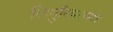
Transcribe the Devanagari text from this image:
लिगुरियाच्या